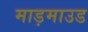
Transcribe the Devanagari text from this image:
माड़माउड